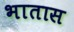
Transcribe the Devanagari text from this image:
भातास